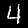
Label: 4